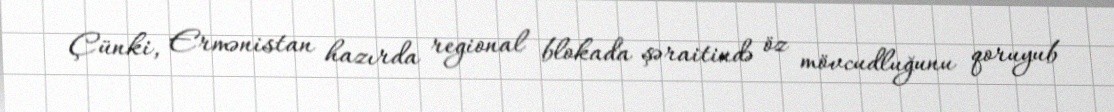
Çünki, Ermənistan hazırda regional blokada şəraitində öz mövcudluğunu qoruyub